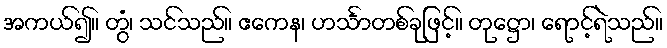
အကယ်၍။ တွံ၊ သင်သည်။ ဧကေန၊ ဟင်္သာတစ်ခုဖြင့်။ တုဋ္ဌော၊ ရောင့်ရဲသည်။